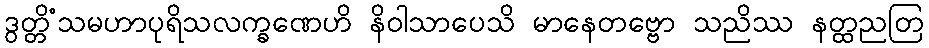
ဒွတ္တိံသမဟာပုရိသလက္ခဏေဟိ နိဝါသာပေသိ မာနေတဗ္ဗော သညိဿ နတ္ထညတြ